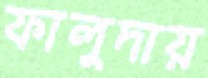
ফালুদায়